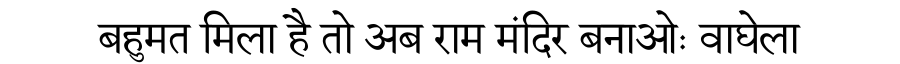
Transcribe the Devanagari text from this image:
बहुमत मिला है तो अब राम मंदिर बनाओः वाघेला